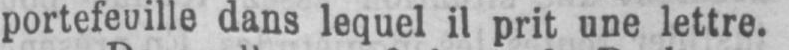
portefeuille dans lequel il prit une lettre.